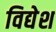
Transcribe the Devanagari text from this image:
विद्येश